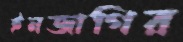
ইনজাগির